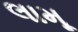
લામૂ